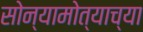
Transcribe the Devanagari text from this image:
सोन्यामोत्याच्या